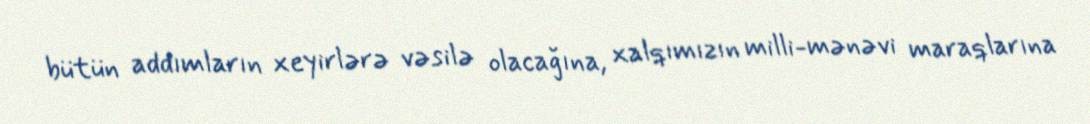
bütün addımların xeyirlərə vəsilə olacağına, xalqımızın milli-mənəvi maraqlarına